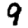
Digit: 9